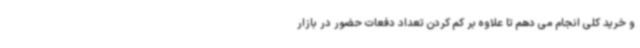
و خرید کلی انجام می دهم تا علاوه بر کم کردن تعداد دفعات حضور در بازار